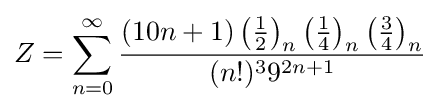
Z=\sum _{n=0}^{\infty }{\frac {(10n+1)\left({\frac {1}{2}}\right)_{n}\left({\frac {1}{4}}\right)_{n}\left({\frac {3}{4}}\right)_{n}}{(n!)^{3}{9}^{2n+1}}}